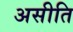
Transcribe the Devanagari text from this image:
असीति